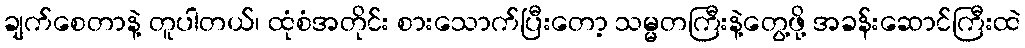
ချက်စေတာနဲ့ တူပါတယ်၊ ထုံစံအတိုင်း စားသောက်ပြီးတော့ သမ္မတကြီးနဲ့တွေ့ဖို့ အခန်းဆောင်ကြီးထဲ